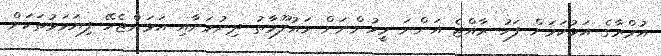
އުމްރާގެ އަޅުކަމަށް ފަހު ރާއްޖެ އަންނަ މީހުންނަށް މައުލޫމާތު ދިނުމަށާއި އަޅަންޖެހޭ ފިޔަވަޅުތަކަށް